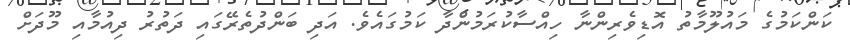
ކަންކަމުގެ މައުލޫމާތު އޮޑިވެރިންނާ ހިއްސާކުރަމުންދާ ކަމުގައެވެ. އަދި ބަންދުތެރޭގައި ދަތުރު ދިއުމާއި މޫދަށް